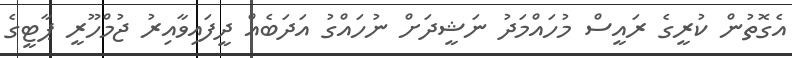
އެގޮތުން ކުރީގެ ރައީސް މުހައްމަދު ނަޝީދަށް ނުހައްގު އަދަބެއް ދީފައިވާއިރު ޖުމްހޫރީ ޕާޓީގެ